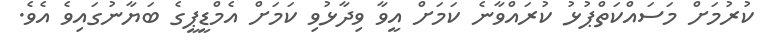
ކުރުމަށް މަސައްކަތްޕުޅު ކުރައްވާނެ ކަމަށް އީވާ ވިދާޅުވި ކަމަށް އެމްޑީޕީގެ ބަޔާނުގައިވެ އެވެ.